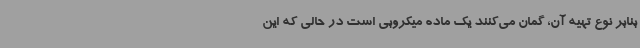
بنابر نوع تهیه آن، گمان می‌کنند یک ماده میکروبی است در حالی که این